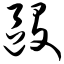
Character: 殴